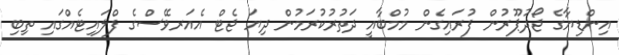
އިންޑިޔާގެ ޖޯދުޕޫރުން ފުރައިގެން މުމްބާއީ ދަތުރުކުރަމުން ދިޔަ ޖެޓް އެއަރވޭސްގެ ފްލައިޓެއްގައި ތިބި